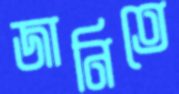
জানিতে